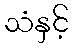
သံနှင့်